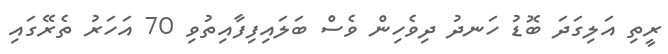
ރީތި އަލިގަދަ ބޮޑު ހަނދު ދިވެހިން ވެސް ބަލައިފިފާއިތުވި 70 އަހަރު ތެރޭގައި